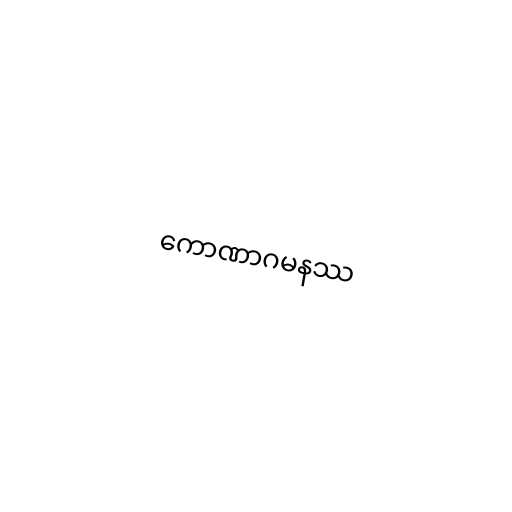
ကောဏာဂမနဿ